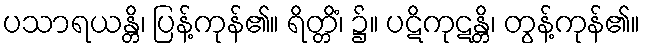
ပသာရယန္တိ၊ ပြန့်ကုန်၏။ ရိတ္တိံ၊ ၌။ ပဋိကုဋန္တိ၊ တွန့်ကုန်၏။